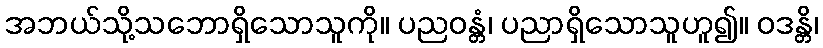
အဘယ်သို့သဘောရှိသောသူကို။ ပညဝန္တံ၊ ပညာရှိသောသူဟူ၍။ ဝဒန္တိ၊